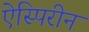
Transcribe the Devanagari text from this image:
ऐस्पिरीन